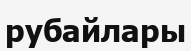
рубайлары